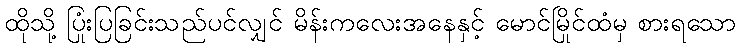
ထိုသို့ ပြုံးပြခြင်းသည်ပင်လျှင် မိန်းကလေးအနေနှင့် မောင်မြိုင်ထံမှ စားရသော